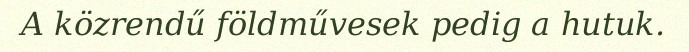
A közrendű földművesek pedig a hutuk.